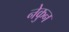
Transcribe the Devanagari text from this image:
नेकुन